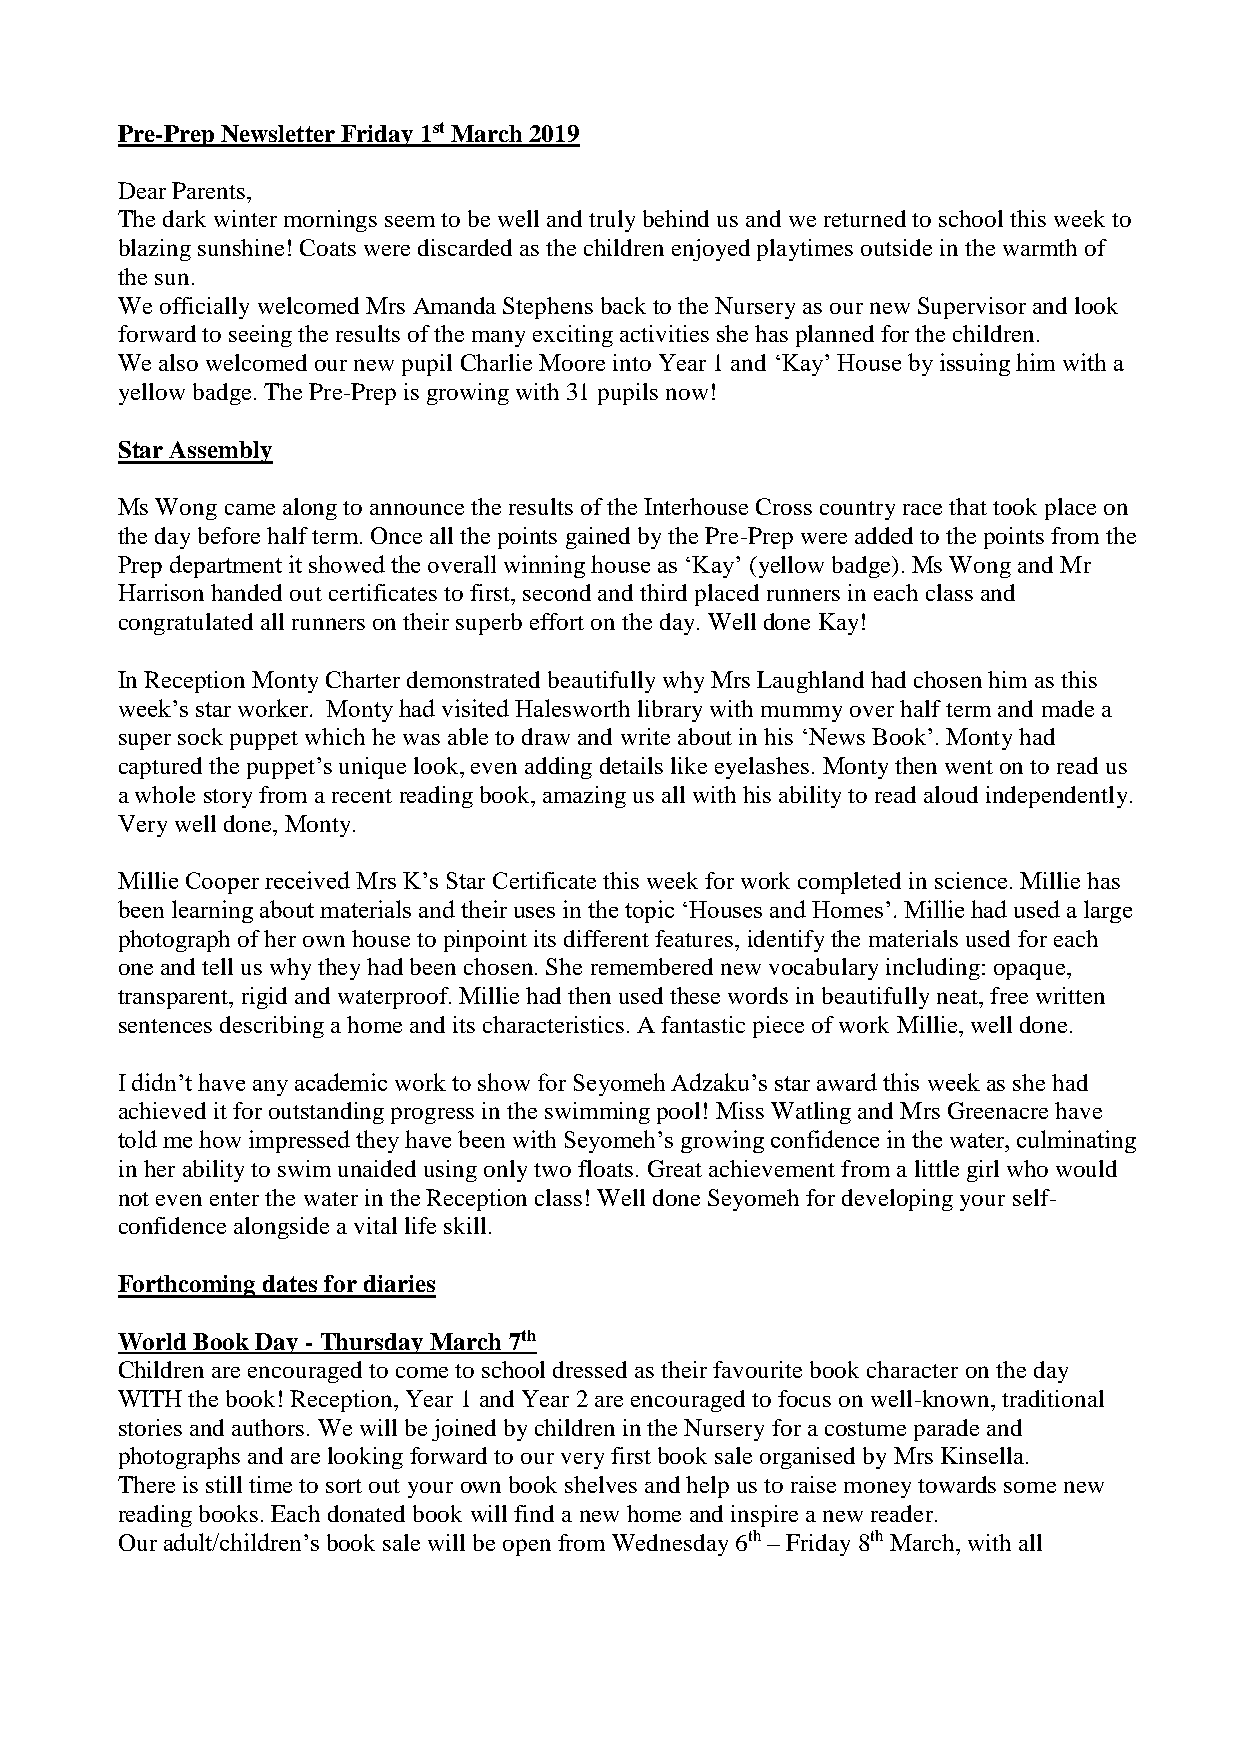
Pre-Prep Newsletter Friday 1st March 2019
 Dear Parents,
 The dark winter mornings seem to be well and truly behind us and we returned to school this week to
 blazing sunshine! Coats were discarded as the children enjoyed playtimes outside in the warmth of
 the sun.
 We officially welcomed Mrs Amanda Stephens back to the Nursery as our new Supervisor and look
 forward to seeing the results of the many exciting activities she has planned for the children.
 We also welcomed our new pupil Charlie Moore into Year 1 and ‘Kay’ House by issuing him with a
 yellow badge. The Pre-Prep is growing with 31 pupils now!
 Star Assembly
 Ms Wong came along to announce the results of the Interhouse Cross country race that took place on
 the day before half term. Once all the points gained by the Pre-Prep were added to the points from the
 Prep department it showed the overall winning house as ‘Kay’ (yellow badge). Ms Wong and Mr
 Harrison handed out certificates to first, second and third placed runners in each class and
 congratulated all runners on their superb effort on the day. Well done Kay!
 In Reception Monty Charter demonstrated beautifully why Mrs Laughland had chosen him as this
 week’s star worker. Monty had visited Halesworth library with mummy over half term and made a
 super sock puppet which he was able to draw and write about in his ‘News Book’. Monty had
 captured the puppet’s unique look, even adding details like eyelashes. Monty then went on to read us
 a whole story from a recent reading book, amazing us all with his ability to read aloud independently.
 Very well done, Monty.
 Millie Cooper received Mrs K’s Star Certificate this week for work completed in science. Millie has
 been learning about materials and their uses in the topic ‘Houses and Homes’. Millie had used a large
 photograph of her own house to pinpoint its different features, identify the materials used for each
 one and tell us why they had been chosen. She remembered new vocabulary including: opaque,
 transparent, rigid and waterproof. Millie had then used these words in beautifully neat, free written
 sentences describing a home and its characteristics. A fantastic piece of work Millie, well done.
 I didn’t have any academic work to show for Seyomeh Adzaku’s star award this week as she had
 achieved it for outstanding progress in the swimming pool! Miss Watling and Mrs Greenacre have
 told me how impressed they have been with Seyomeh’s growing confidence in the water, culminating
 in her ability to swim unaided using only two floats. Great achievement from a little girl who would
 not even enter the water in the Reception class! Well done Seyomeh for developing your self-
 confidence alongside a vital life skill.
 Forthcoming dates for diaries
 World Book Day - Thursday March 7th
 Children are encouraged to come to school dressed as their favourite book character on the day
 WITH the book! Reception, Year 1 and Year 2 are encouraged to focus on well-known, traditional
 stories and authors. We will be joined by children in the Nursery for a costume parade and
 photographs and are looking forward to our very first book sale organised by Mrs Kinsella.
 There is still time to sort out your own book shelves and help us to raise money towards some new
 reading books. Each donated book will find a new home and inspire a new reader.
 Our adult/children’s book sale will be open from Wednesday 6th – Friday 8th March, with all